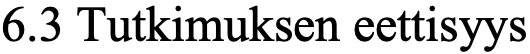
6.3 Tutkimuksen eettisyys